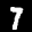
Label: 7